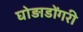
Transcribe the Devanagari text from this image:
घोड़ाडोंगरी